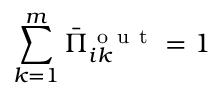
\sum _ { k = 1 } ^ { m } \bar { \Pi } _ { i k } ^ { \mathrm { ~ o ~ u ~ t ~ } } = 1